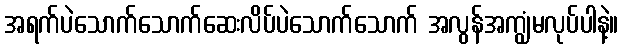
အရက်ပဲသောက်သောက်ဆေးလိပ်ပဲသောက်သောက် အလွန်အကျွံမလုပ်ပါနဲ့။